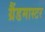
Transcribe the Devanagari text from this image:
ग्रैंडमास्‍टर